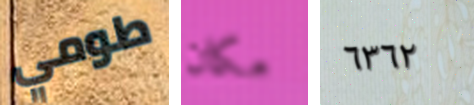
طومي مكان ٦٣٦٢